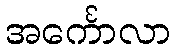
အင်္ကောလာ